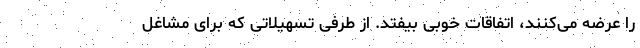
را عرضه می‌کنند، اتفاقات خوبی بیفتد. از طرفی تسهیلاتی که برای مشاغل